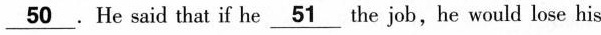
\underline{50}. He said that if he \underline{51} the job, he would lose his